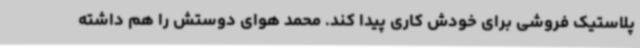
پلاستیک فروشی برای خودش کاری پیدا کند. محمد هوای دوستش را هم داشته